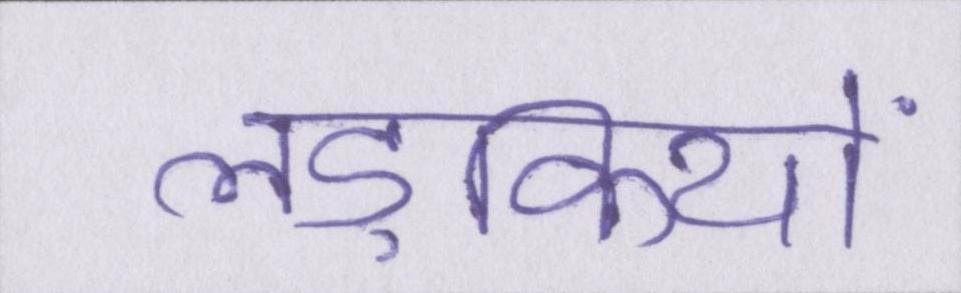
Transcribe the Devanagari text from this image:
लड़कियों